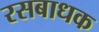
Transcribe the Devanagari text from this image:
रसबाधक